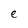
Character: e